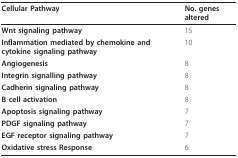
<table><thead><tr><td><b>Cellular Pathway</b></td><td><b>No. genes altered</b></td></tr></thead><tbody><tr><td><b>Wnt signaling pathway</b></td><td>15</td></tr><tr><td><b>Inflammation mediated by chemokine and cytokine signaling pathway</b></td><td>10</td></tr><tr><td><b>Angiogenesis</b></td><td>8</td></tr><tr><td><b>Integrin signalling pathway</b></td><td>8</td></tr><tr><td><b>Cadherin signaling pathway</b></td><td>8</td></tr><tr><td><b>B cell activation</b></td><td>8</td></tr><tr><td><b>Apoptosis signaling pathway</b></td><td>7</td></tr><tr><td><b>PDGF signaling pathway</b></td><td>7</td></tr><tr><td><b>EGF receptor signaling pathway</b></td><td>7</td></tr><tr><td><b>Oxidative stress Response</b></td><td>6</td></tr></tbody></table>